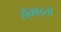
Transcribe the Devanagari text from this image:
हॉकाइतो